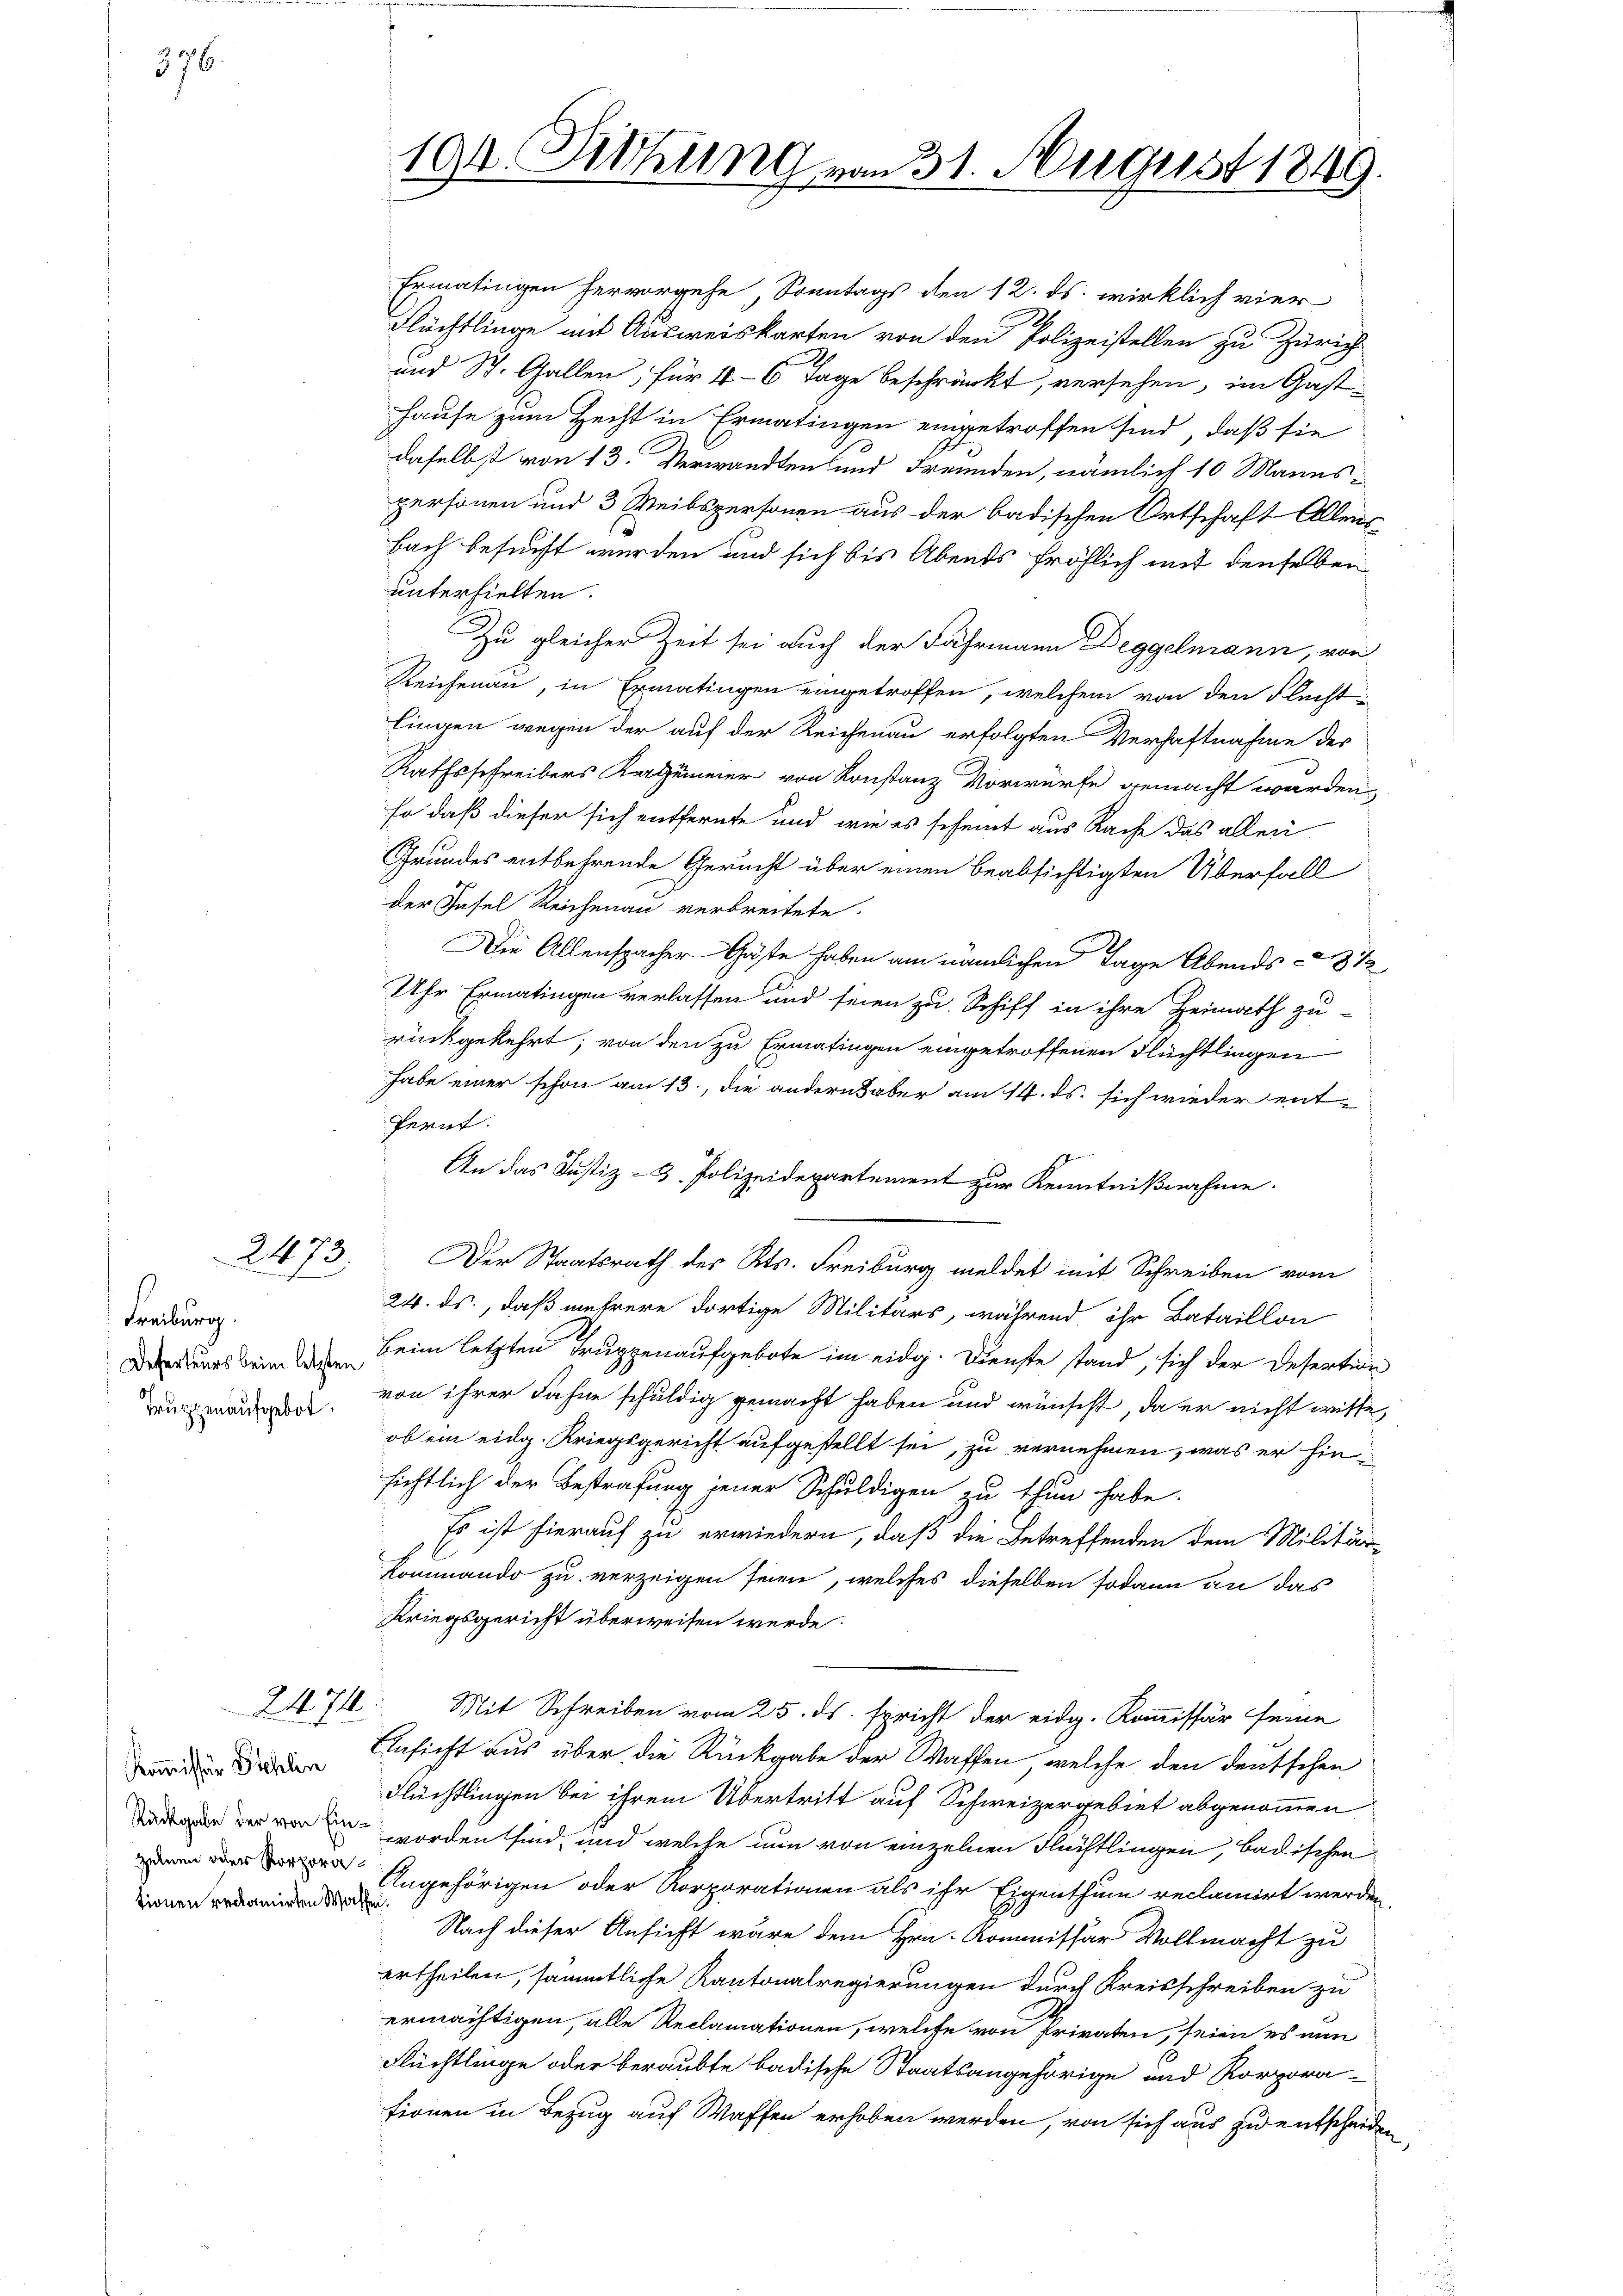
376.

Freiburg.
Deferteurs beim letzten
Truppenaufgebot.

2473.

2474.

Kommissär Stehlin
Rückgabe der von Einzelnen oder Korporationen reclamirten Waff

194. Sitzung von 31. August 1849.

Flüchtlinge mit Ausweiskarten von den Polizeistellen zu Zürich
und St. Gallen; für 4-6 Tage beschränkt, versehen, im Gast¬
Hause zum Hecht in Ermatingen eingetroffen sind, daß sie
daselbst von 13. Verwandten und Freunden, nämlich 10 Mannspersonen und 3 Weibspersonen aus der badischen Ortschaft Allens
bach besucht wurden und sich bis Abends fröhlich mit denselben
unterhielten.
Zu gleicher Zeit sei auch der Fahrmann Deggelmann, von
Reichenau, in Ermatingen eingetroffen, welchem von den Flecht-
lingen wegen der auf der Reichenau erfolgten Verhaftnahme des
Rathsschreibers Kertümmer von Konstanz Vorwürfe gemacht werden,
so daß dieser sich entfernte und wie es scheint aus Rache das allen
Grundes entbehrende Gerucht über einen beabsichtigten Überfall
der Tafel Reichenau verbreitete.
Die Allenspacher Gäste haben am nämlichen Tage Abends 87
Uhr Ermatingen verlassen und seien zu Schiff in ihre Heimath zu-
rückgekehrt; von den zu Ermatingen eingetroffenen Flüchtlingen
habe einer schon am 13., die andern aber am 14. ds. sich wieder ent-
fernt.
An das Justiz- & Polizeidepartement zur Kenntnißnahme.
Der Staatsrath des Kts. Freiburg meldet mit Schreiben vom
24. ds., daß mehrere dortige Militärs, während ihr Bataillon
Beim letzten Truppenaufgebote im eidg. Dienste stand, sich der Desertion
von ihrer Fahne schuldig gemacht haben und wünscht, da er nicht wisse,
ob ein eidg. Kriegsgericht aufgestellt sei, zu vernehmen, was er hinsichtlich der Bestrafung jener Schuldigen zu thun habe.
 Es ist hierauf zu erwiedern, daß die Betreffenden dem Militär-
kommando zu verzeigen seien, welches dieselben sodann an das
Kriegsgericht überweisen werde.
Mit Schreiben vom 25. ds. spricht der eidg. Kommissär seine
Ansicht aus über die Rückgabe der Waffen, welche den deutschen
Flüchtlingen bei ihrem Übertritt auf Schweizergebiet abgenommen
worden sind, und welche nun von einzelnen Flüchtlingen, badischen
Angehörigen oder Korporationen als ihr Eigenthum reclamirt werden
i
Nach dieser Ansicht wäre dem Hrn. Kommissär Vollmacht zu
ertheilen, sämmtliche Kantonalregierungen durch Kreisschreiben zu
ermächtigen, alle Reclamationen, welche von Privaten, seien es nun
Flüchtlinge oder beraubte badische Staatsangehörige und Korpora-
tionen in Bezug auf Waffen erhoben werden, von sich aus zu entscheide

Ermatingen hervorgehe Sonntags den 12. ds. wirklich vier